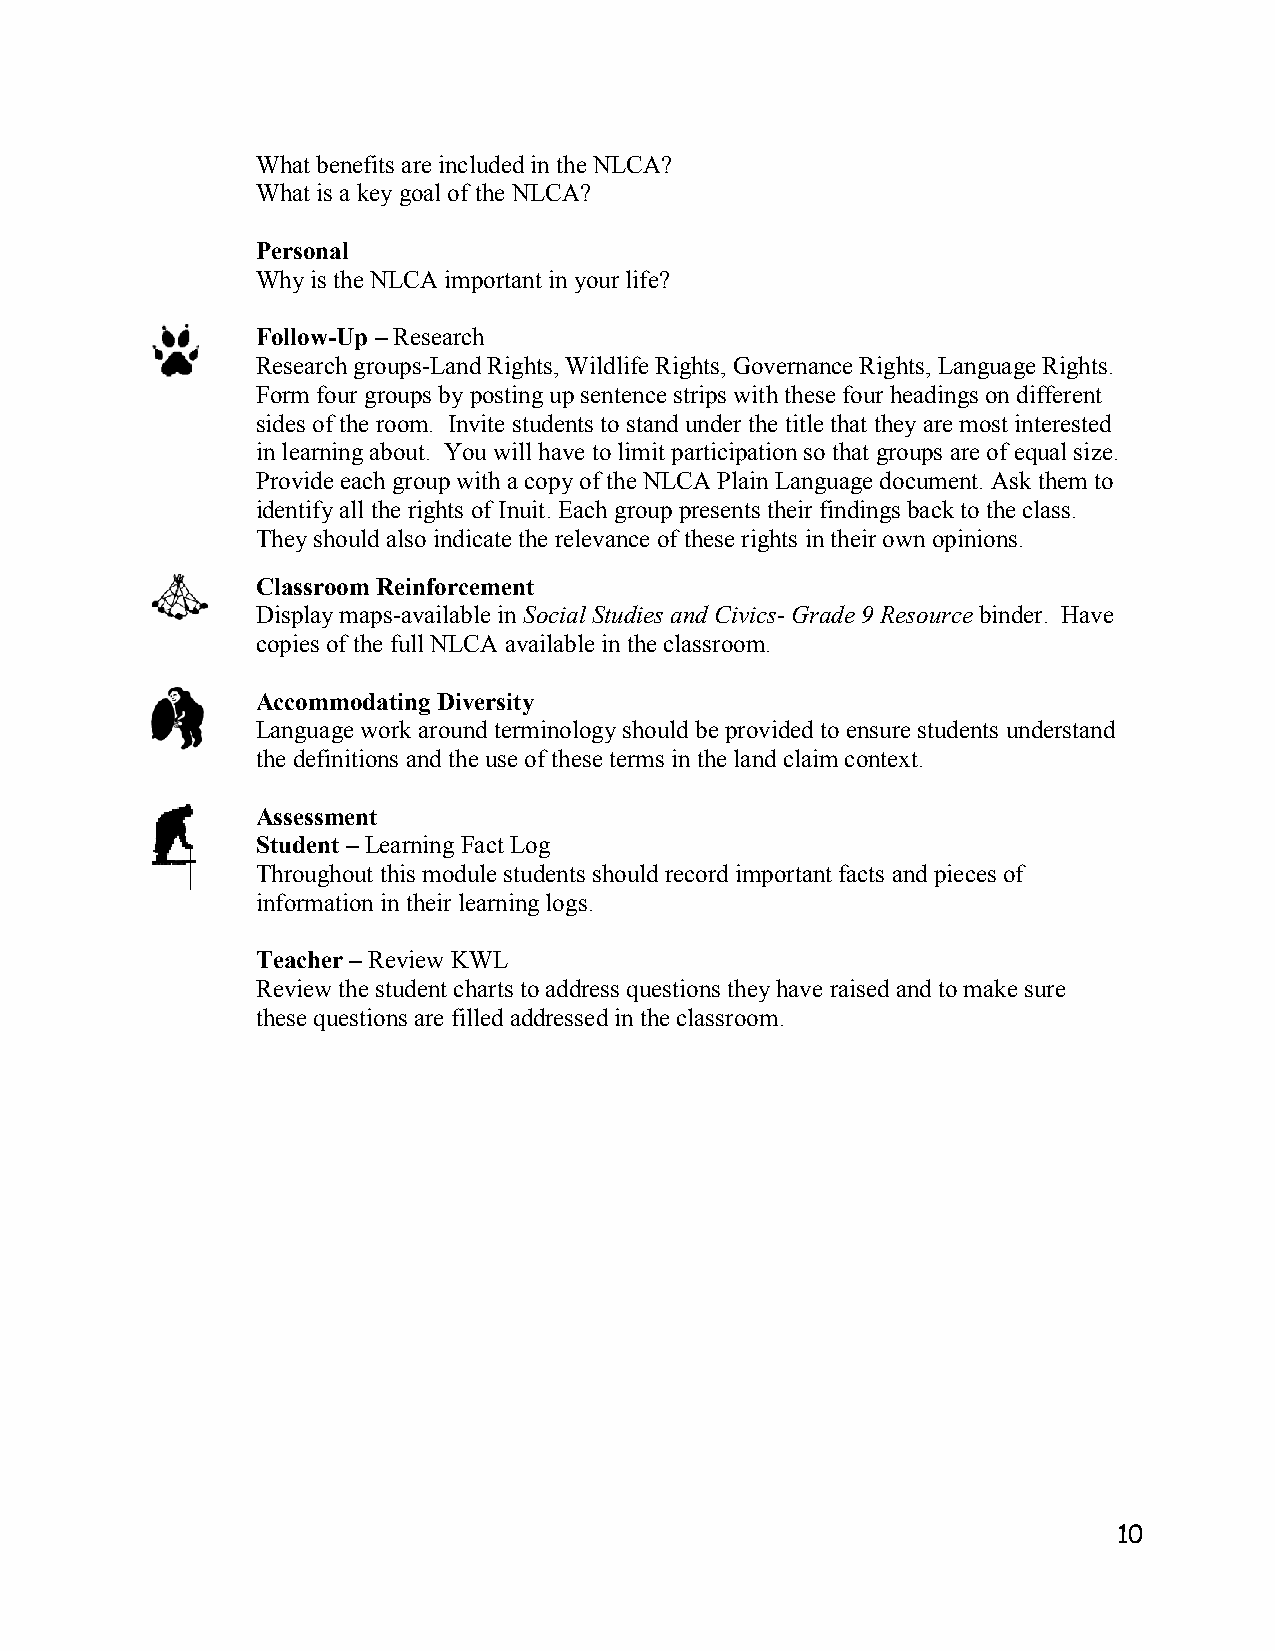
What benefits are included in the NLCA?
 What is a key goal of the NLCA?
 Personal
 Why is the NLCA important in your life?
 Follow-Up – Research
 Research groups-Land Rights, Wildlife Rights, Governance Rights, Language Rights.
 Form four groups by posting up sentence strips with these four headings on different
 sides of the room. Invite students to stand under the title that they are most interested
 in learning about. You will have to limit participation so that groups are of equal size.
 Provide each group with a copy of the NLCA Plain Language document. Ask them to
 identify all the rights of Inuit. Each group presents their findings back to the class.
 They should also indicate the relevance of these rights in their own opinions.
 Classroom Reinforcement
 Display maps-available in Social Studies and Civics- Grade 9 Resource binder. Have
 copies of the full NLCA available in the classroom.
 Accommodating Diversity
 Language work around terminology should be provided to ensure students understand
 the definitions and the use of these terms in the land claim context.
 Assessment
 Student – Learning Fact Log
 Throughout this module students should record important facts and pieces of
 information in their learning logs.
 Teacher – Review KWL
 Review the student charts to address questions they have raised and to make sure
 these questions are filled addressed in the classroom.
 10